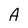
Character: A